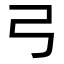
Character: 弓